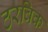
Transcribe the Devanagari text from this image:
ठरविक